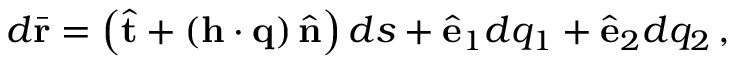
d \bar { \bf r } = \left( \hat { \bf t } + \left( { \bf h } \cdot { \bf q } \right) \hat { \bf n } \right) d s + \hat { \bf e } _ { 1 } d q _ { 1 } + \hat { \bf e } _ { 2 } d q _ { 2 } \, ,